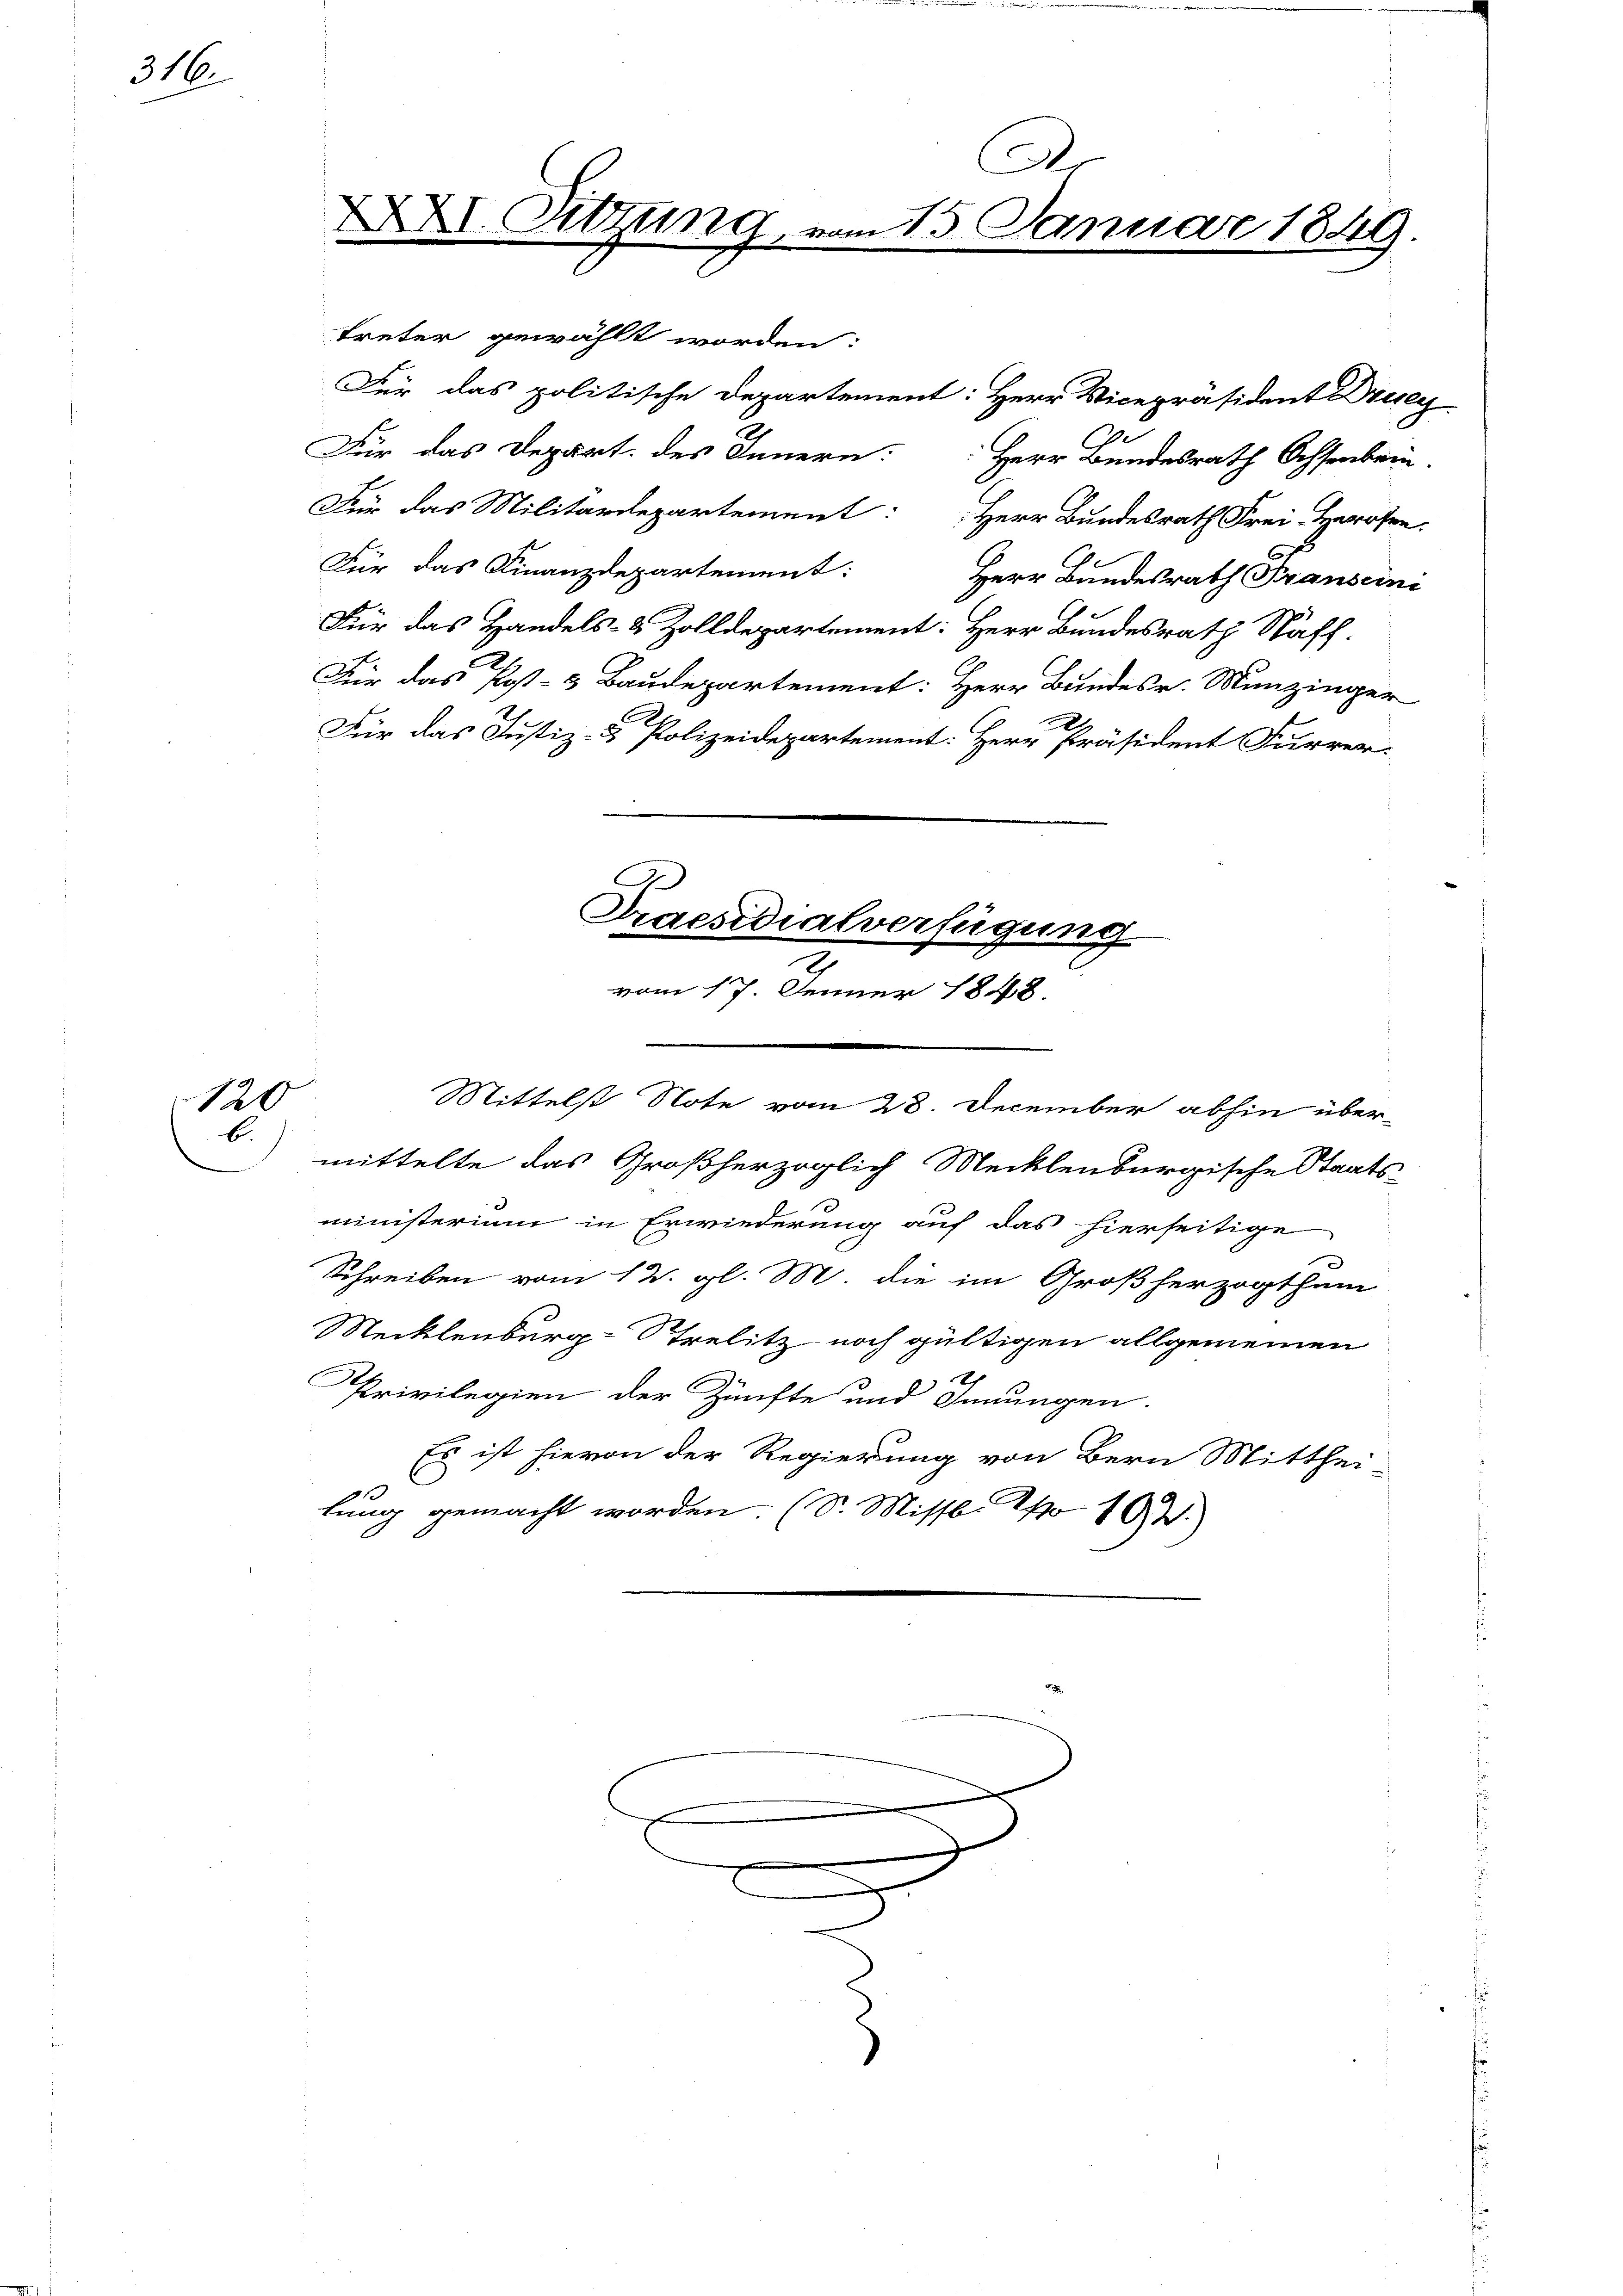
316.

120
b.

treter gewählt worden:
Für das politische Departement: Herr Vicepräsident Druc
Für das Depart. des Innern: Herr Bundesrath Ochsenbein.
Für das Militärdepartement: Herr Bundesrath Frei-Herosen.
Für das Finanzdepartement: Herr Bundesrath Franseini
Für das Handels- & Zolldepartement: Herr Bundesrath Näff-
Für das Post- & Baudepartement: Herr Bundesr. Münzinger
Für das Justiz- & Polizeidepartement: Herr Präsident Furrer-
Praesidialverfügung
vom 17. Jenner 1848.
Mittelst Note vom 28. December abhin über-
mittelte das Großherzoglich Mecklenburgische Staats-
ministerium in Erwiederung auf das hierseitige
Schreiben vom 12. gl. M. die im Großherzogthum
Mecklenburg-Strelitz noch gültigen allgemeinen
Privilegien der Zünfte und Innungen.
Es ist hievon der Regierung von Bern Mitthei
lung gemacht worden. (S. Missb. No 102.

A
XXI. Sitzung, vom 15. Januar 1849.